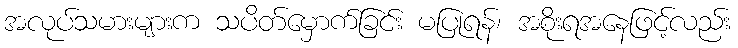
အလုပ်သမားများက သပိတ်မှောက်ခြင်း မပြုရန်၊ အစိုးရအနေဖြင့်လည်း